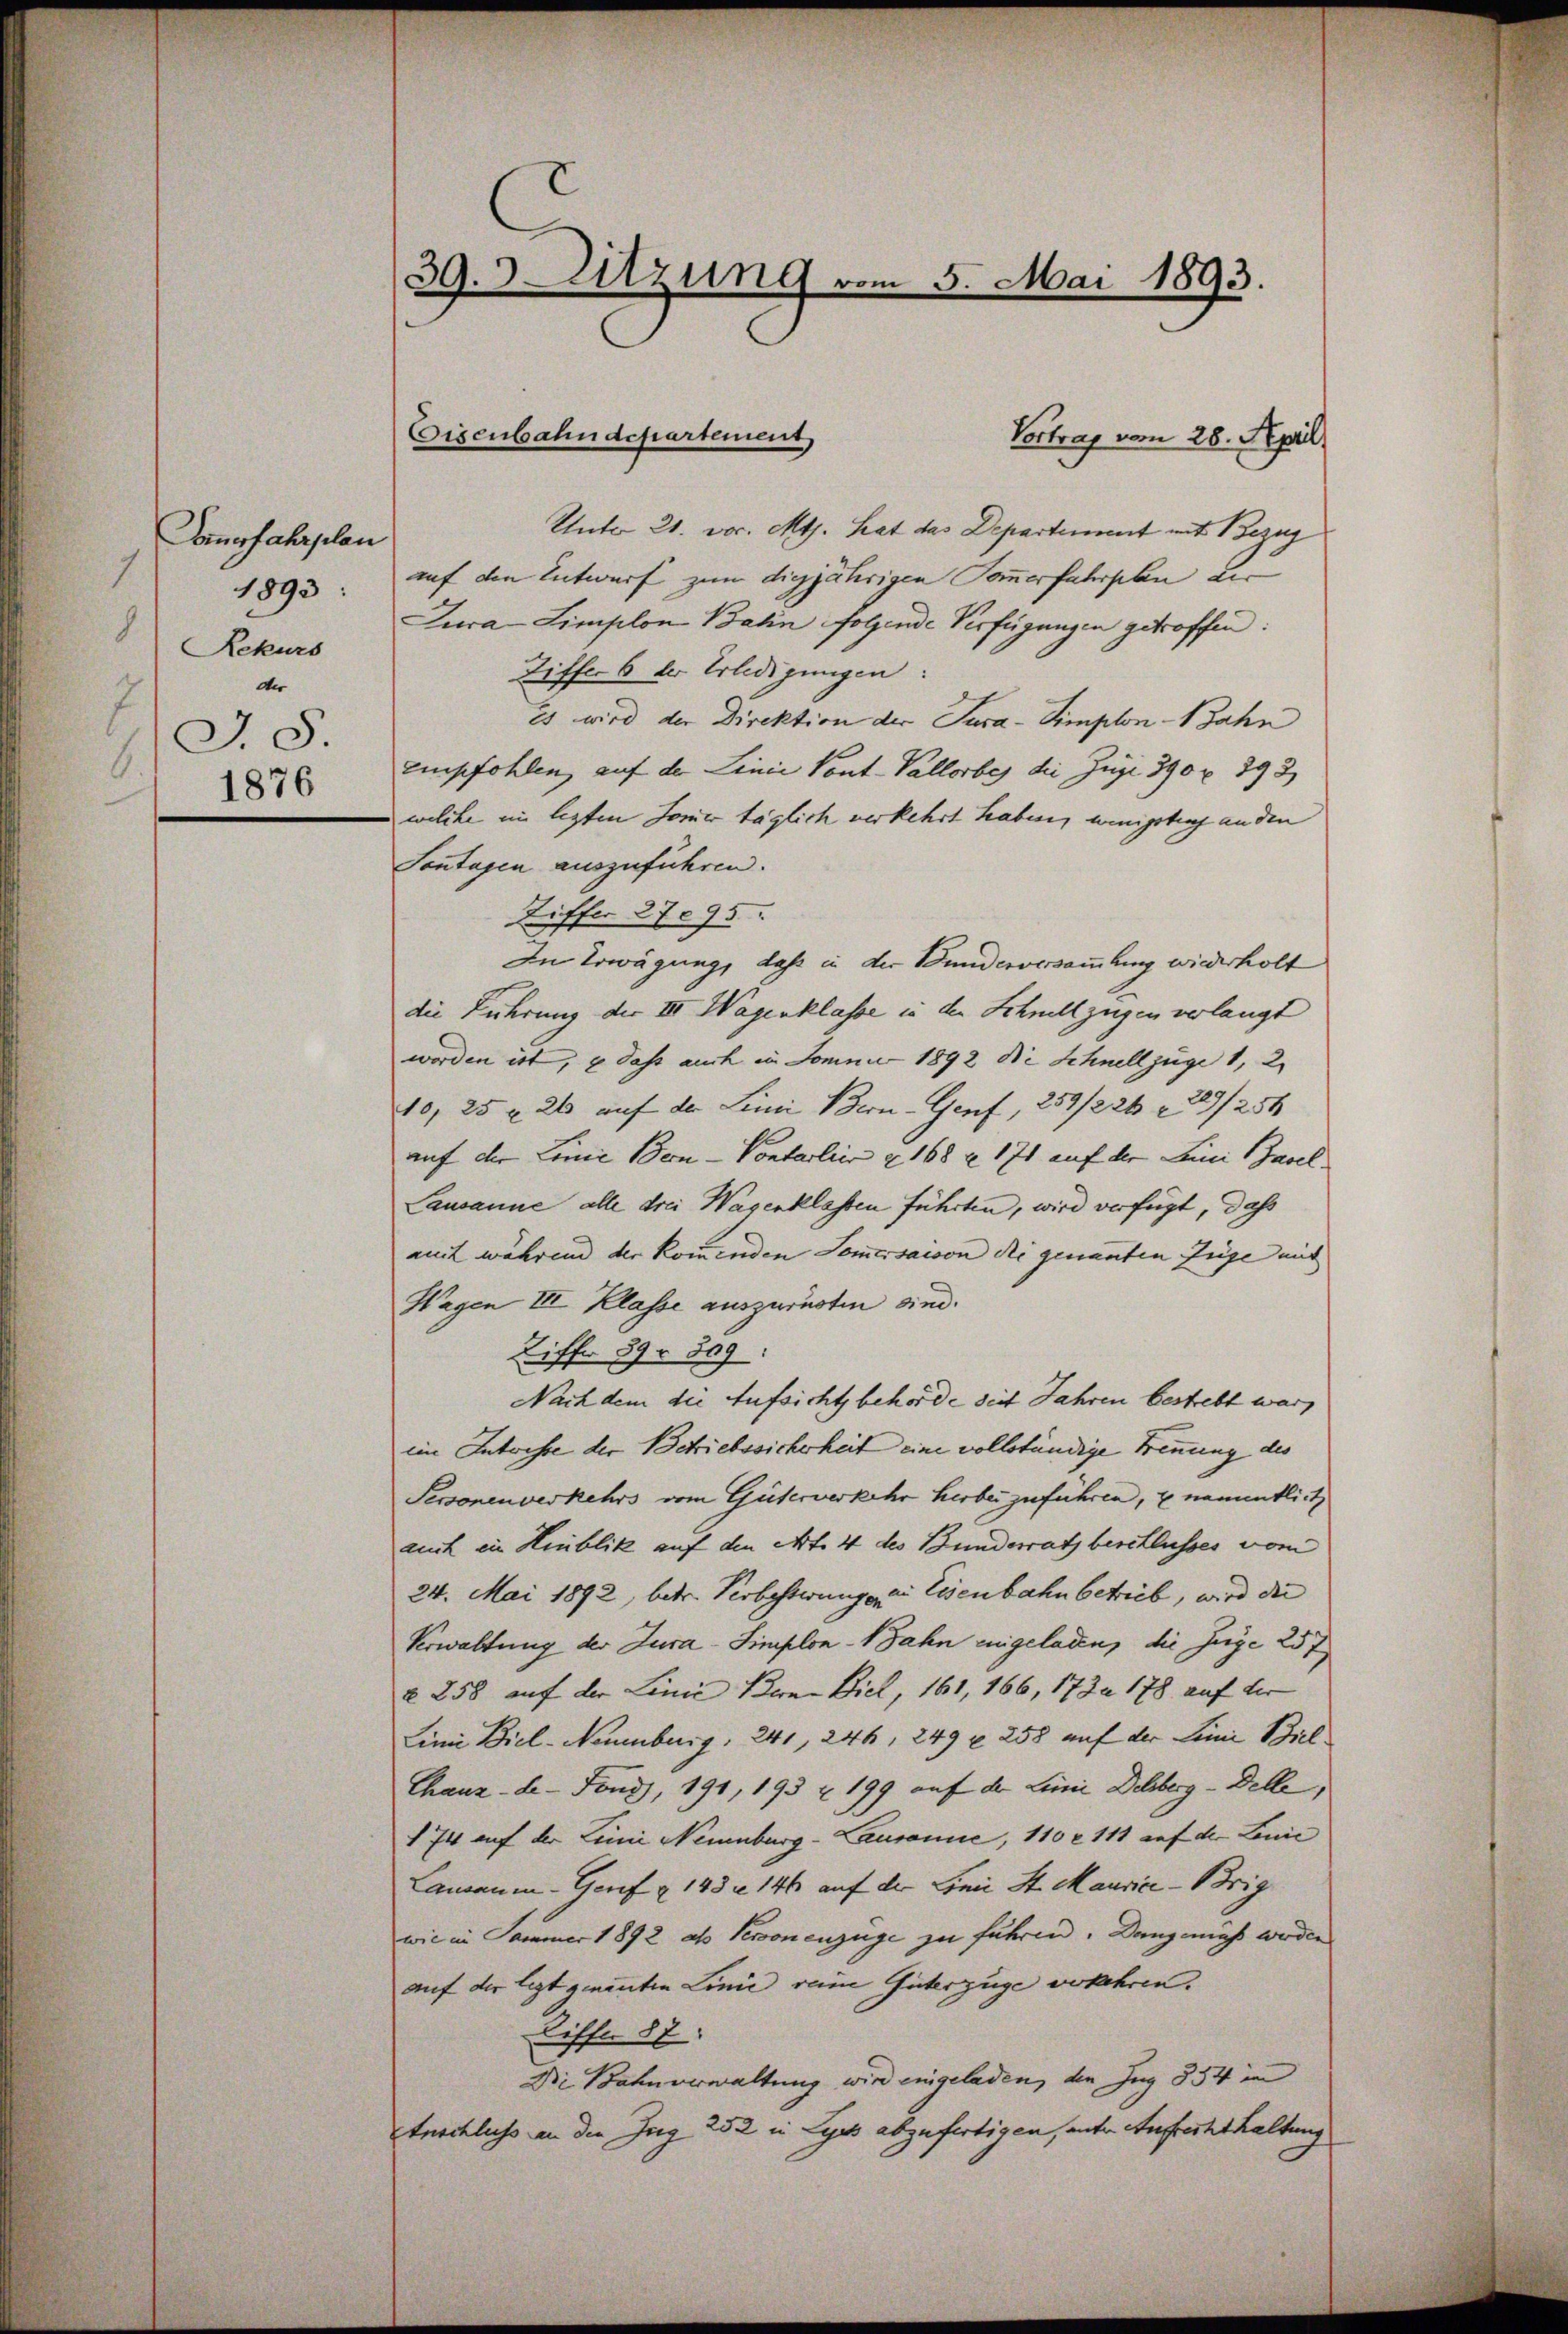
Sommerfahrplan
1
1893:
d
Rekurs
der
J.S.
6
1876

39. Sitzung vom 5. Mai 1893.

Vortrag vom 28. April
Unter 21. vor. Mts. hat das Departement mit Bezug
auf den Entwurf zum digjährigen Sommerfahrplan der
Jura-Limplon Bahn folgende Verfügungen getroffen:
Ziffer 6 der Erledigungen:
Es wird der Direktion der Jura-Simplon-Bahn
empfohlen, auf der Linie Pont-Vallorbes die Juge 390 x 393
welche im legten Sommer täglich verkehrt haben, wenigstenz anden
Sontagen auszuführen.
Ziffer 27095.
In Erwägung, daß in der Bunderversammlung wiederholt
die Führung der III. Wagenklasse in der Schnellzügen verlangt
worden ist, & dass auch in Jomni 1892 die Schnellzüge 1, 2.
10, 25 & 26 auf der Linie Bern - Genf, 259/226 n 29/254
auf der Linie Bern - Pontarlier u. 168 n 171 auf der Leni Basel
Lausanne alle drei Wagenklassen führten, wird verfügt, daß
mmt während der kommenden Sommersaison die genannten Züge mit
Wagen III Klasse auszurücken sind.
Ziffe 89r 809:
Nach dem die Aufsicht behörde seit Jahren bestrebt war,
iim Intrisse der Betriebssicherheit eine vollständige Trennung des
Personenverkehrs vom Güterverkehr herbei zuführen, u. namentlich
auch in Hinblik auf den Art. 4 des Bunderrath beschlusses vom
24. Mai 1892, betr. Verbesteungen die Eisenbahn betrieb, wird die
Verwaltung der Jura-Simplon 1 Jahn eingeladen, die Juge 257
§ 258 auf der Linie Bern Biel, 161, 166, 173. 178 auf der
Linie Biel-Neuenburg. 241, 246, 249 u. 258 auf der Linie Biel
Chaux-de-Fond, 191, 193 u. 199 auf der Linie Dechberg - Delle,
174 auf der Linie Neuenburg-Lausanne, 110 l 111 auf der Louić
Lananen-Genf § 143 n 146 auf der Linie St. Maurice - Brig
wie in Sammer 1892 als Seronenzüge zu führen. Dangmaß werden
auf der legt genannten Linie reine Güterzüge vorkehren.
Riffe 87.
Die Bahnverwaltung wird eingeladen, den Zug 834 in
trecklichs an die Zug 252 in Lyes abzufertigen, unter Aufrechthaltung

Eisenbahndepartement